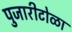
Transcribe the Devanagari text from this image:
पुजारीटोळा